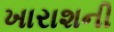
ખારાશની